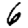
Digit: 6